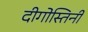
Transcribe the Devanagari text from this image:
दीगोस्तिनी